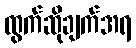
ထွက်ဆိုချက်အရ